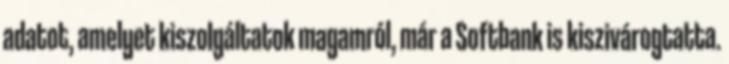
adatot, amelyet kiszolgáltatok magamról, már a Softbank is kiszivárogtatta.